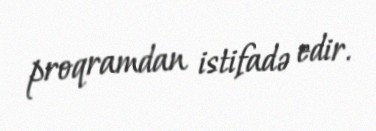
proqramdan istifadə edir.